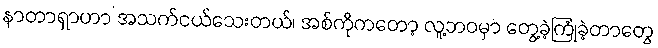
နာတာရှာဟာ အသက်ငယ်သေးတယ်၊ အစ်ကိုကတော့ လူ့ဘဝမှာ တွေ့ခဲ့ကြုံခဲ့တာတွေ